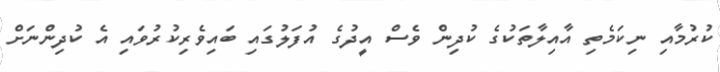
ކުރުމާއި ނިކަމެތި އާއިލާތަކުގެ ކުދިން ވެސް އީދުގެ އުފަލުގައި ބައިވެރިކުރުވައި އެ ކުދިންނަށް